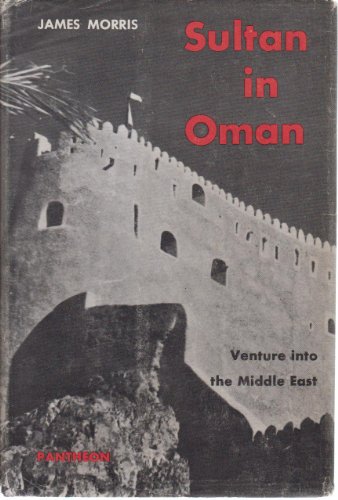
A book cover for Sultan in Oman: Venture Into the Middle East; James Morris; History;